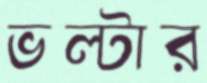
ভল্টার